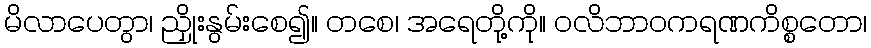
မိလာပေတွာ၊ ညှိုးနွမ်းစေ၍။ တစေ၊ အရေတို့ကို။ ဝလိဘာဝကရဏကိစ္စတော၊